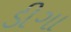
ડીગા